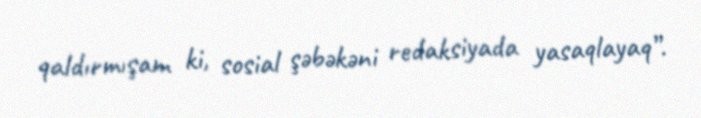
qaldırmışam ki, sosial şəbəkəni redaksiyada yasaqlayaq”.